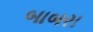
બાબરા